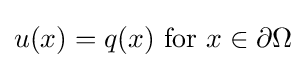
u(x)=q(x){\text{ for }}x\in \partial \Omega